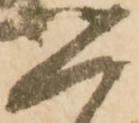
人